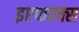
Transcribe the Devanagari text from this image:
इएफएक्स